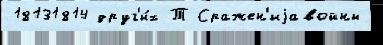
18131814 друг'и́х Т Сражен'иjавойны